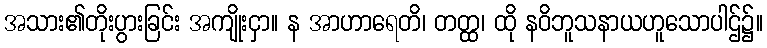
အသား၏တိုးပွားခြင်း အကျိုးငှာ။ န အာဟာရေတိ၊ တတ္ထ၊ ထို နဝိဘူသနာယဟူသောပါဌ်၌။